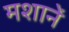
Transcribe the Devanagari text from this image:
मशानें